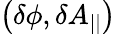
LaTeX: \left(\delta\phi,\delta A_{||}\right)